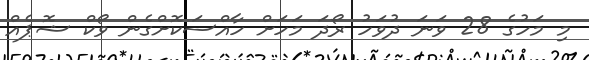
މި މަހުގެ 28 ވަނަ ދުވަހު ރޯދަ މަހަށް ހާއްސަކޮށްގެން ވޯކް ޝޮޕެއް